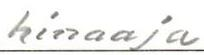
hinaaja